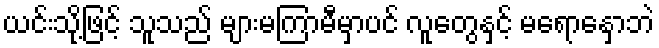
ယင်းသို့ဖြင့် သူသည် များမကြာမီမှာပင် လူတွေနှင့် မရောနှောဘဲ